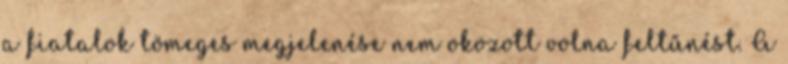
a fiatalok tömeges megjelenése nem okozott volna feltűnést. A